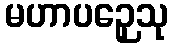
မဟာပဉှေသု